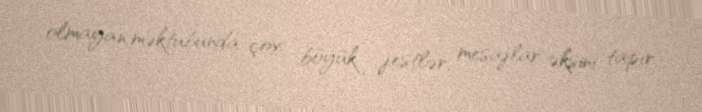
olmayan məktubunda çox böyük jestlər, mesajlar əksini tapır.